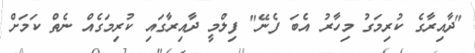
"ދާއިރާގެ ކުރިމަގު މިހާރު އެބަ ފެނޭ" ފިލްމީ ދާއިރާގައި ކުރިމަގެއް ނެތް ކަމަށް